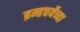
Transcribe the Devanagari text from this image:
ब्रम्हचर्येच्या